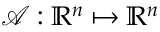
\mathcal { A } : \mathbb { R } ^ { n } \mapsto \mathbb { R } ^ { n }